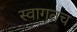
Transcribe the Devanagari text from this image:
स्‍वागतच